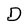
Character: D